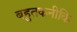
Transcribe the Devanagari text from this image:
बहुतकनीकि